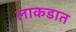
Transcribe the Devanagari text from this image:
लाकडात